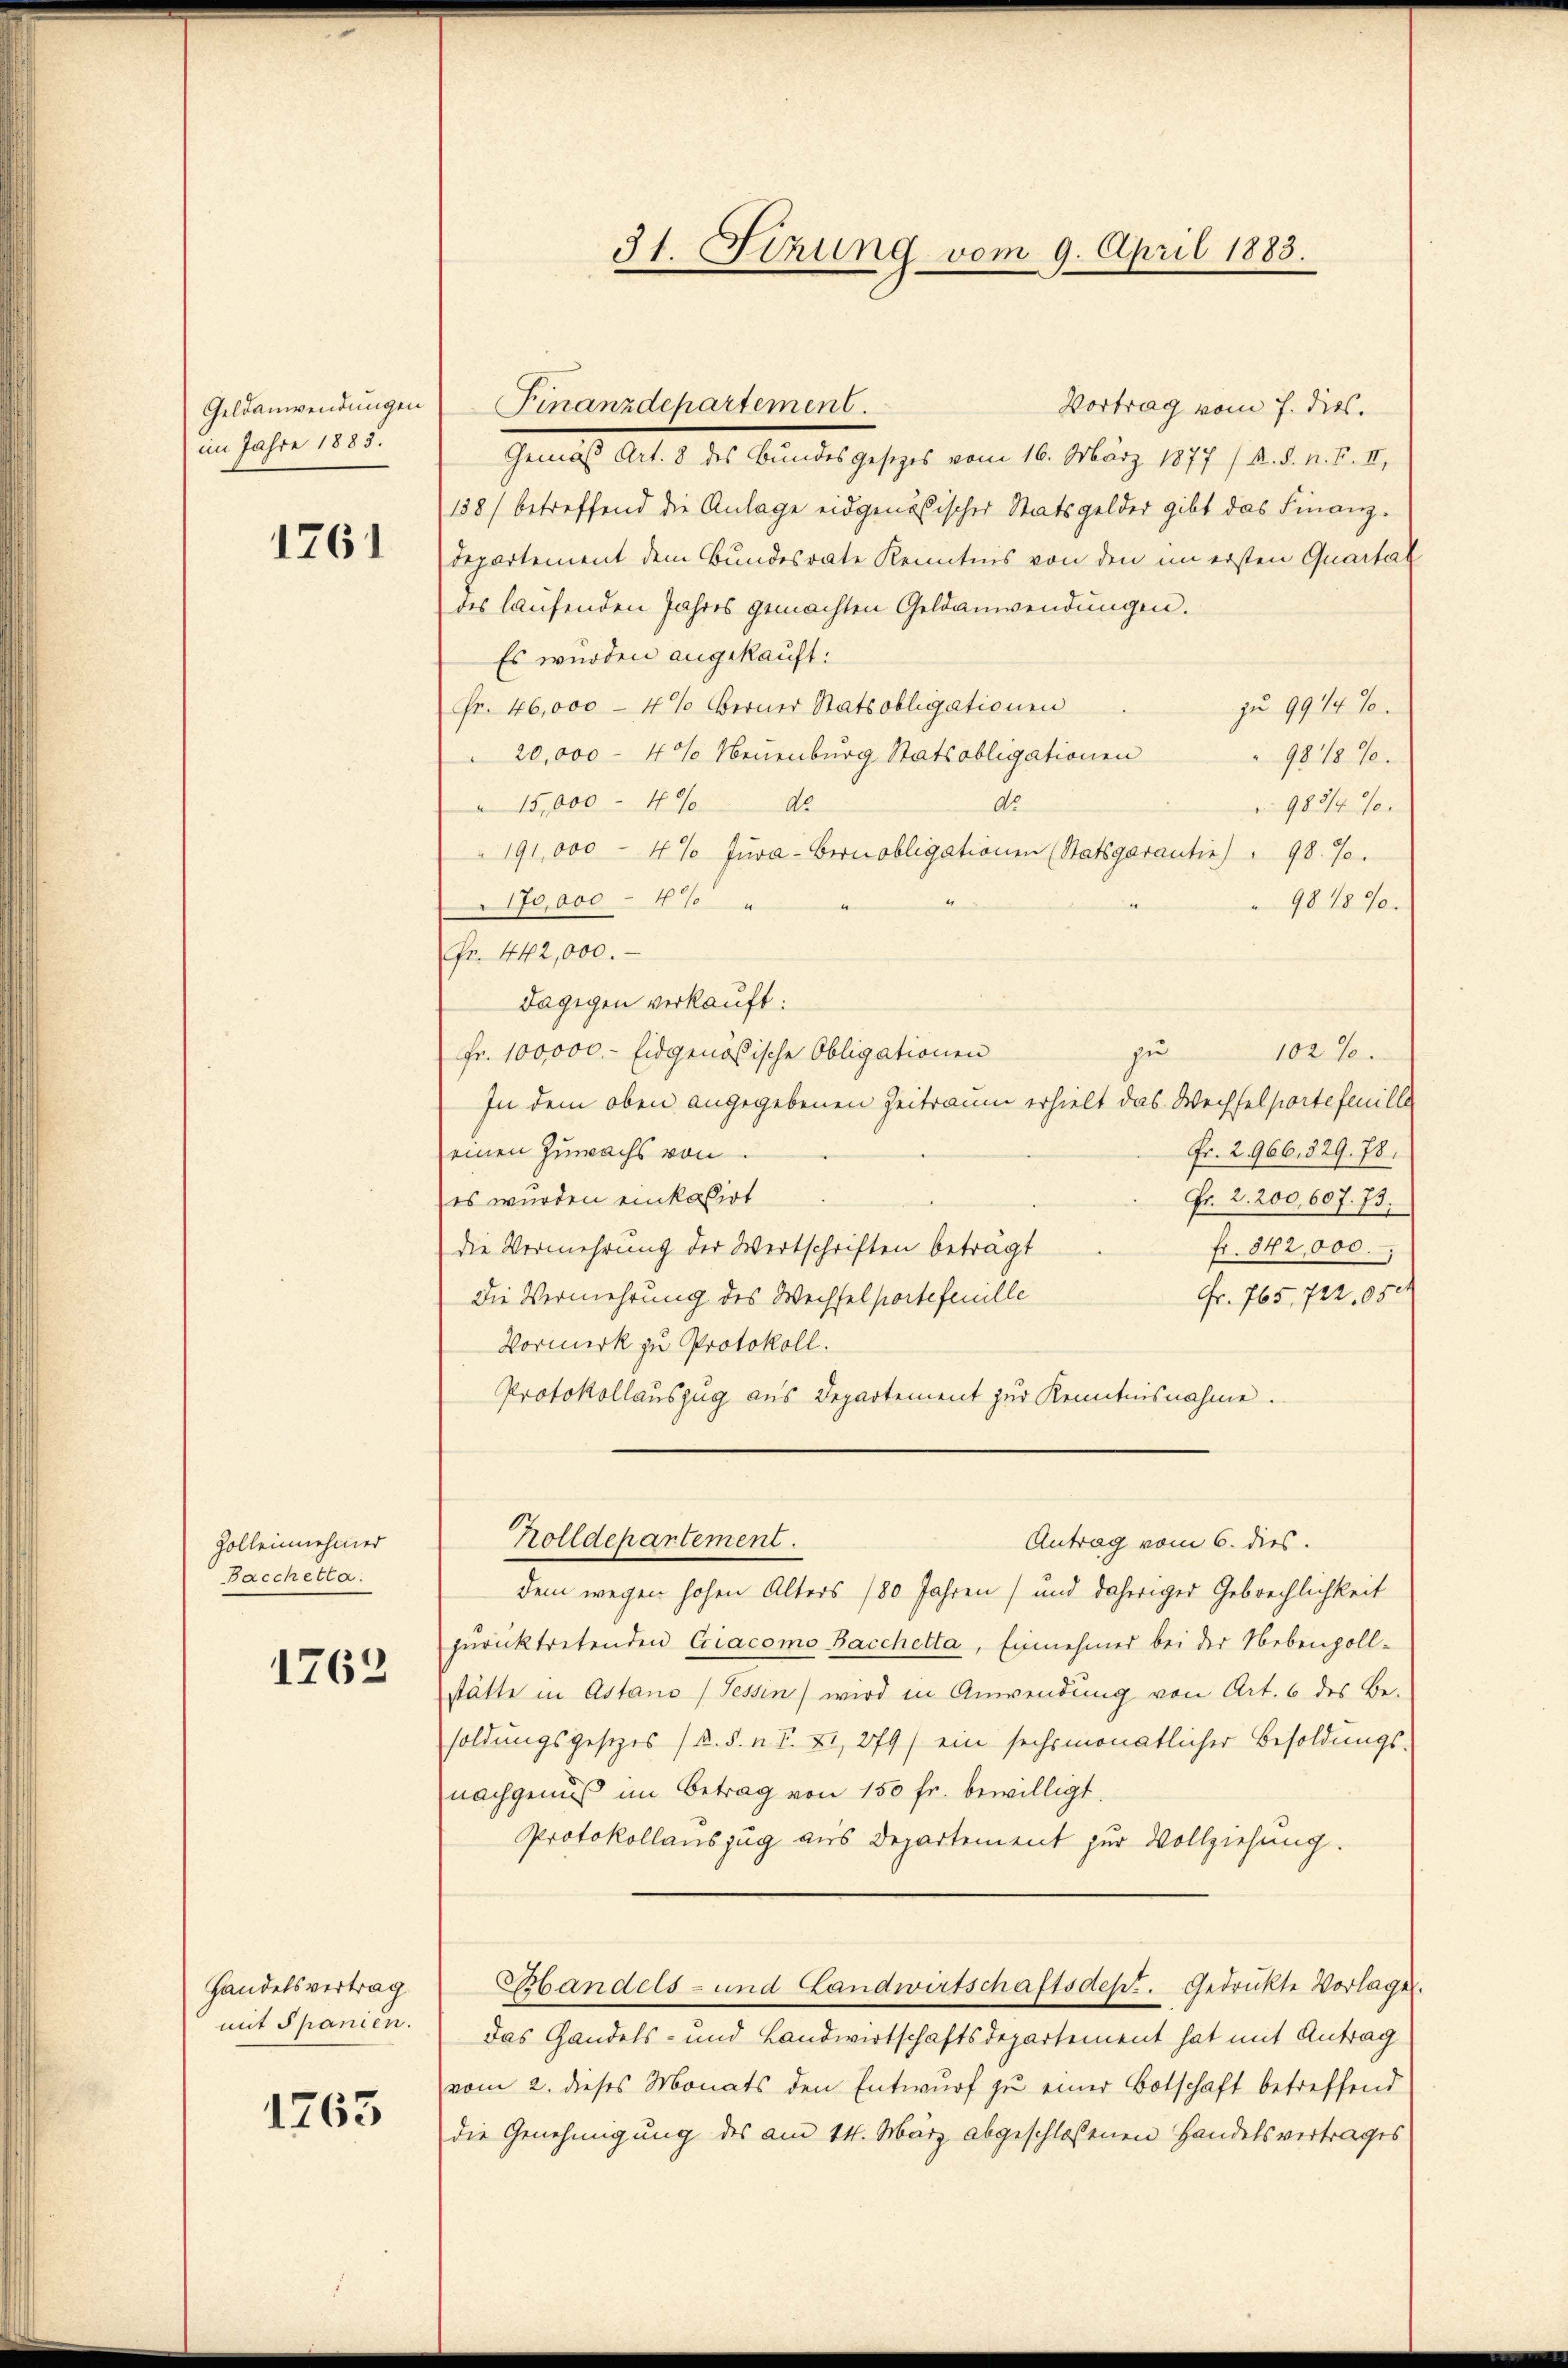
im Jahre 1885.

1261

Zolleinehmer
acchetla.
1762

Handelsvertrag

1763

Vortrag vom 7. dies.
Gemäß Art. 8 des Bundesgesezes vom 16. März 1877 / R. d. n. F. II,
158) betreffend die Anlage eidgenössischer Statsgelder gibt das Finanz¬
Departement dem Bundesrate Kenntnis von den im ersten Quartal
des laufenden Jahres gemachten Geldanwendungen.
Es wurden angekauft:
zu 99 1/4 %
Fr. 46,000 - 4% Berner Statsobligationen
20,000 - 4% Neuenburg Statsobligationen
9818%.
 15,000 - 400 Ab
do.
983/4%.
191,000 - 4% Jura-Gernobligationen (Statsgarantie) " 98. 70.
170,000 - 410
98 1890.
Fr. 442,000.
Dagegen verkauft:
zu
Fr. 100,000.- Eidgenößische Obligationen
102%.
In dem oben angegebenen Zeitraum erhielt das Wechsel portefenille
Fr. 2966, 329. 78.
einen Zuwachs von
es wurden einkasirt
Fr. 2. 200, 607. 73.
fr. 842,000.
die Vermehrung der Wertschriften beträgt
Fr. 765. 722, 850
Die Vermehrung des Wechsel portefenille
Vormerk zu Protokoll.
Protokollauszug aus Departement zur Kenntnisnahme.
Holldepartement.
Antrag vom 6. dies.
dem wegen hohen Alters 180 Jahren (und daheriger Gebrechlichkeit
zurücktretenden Criacomo Bacchetta, Einnehmer bei der Nebenzoll-
stätte in Astano (Tessin wird in Anwendung von Art. 6 des Be-
soldungsgesetzes (R. S. n. F. XI, 279) ein sechsmonatlicher Besoldungs-
nachgenuß im Betrag von 150 fr. bewilligt.
Protokollauszug aus Departement zur Vollziehung.
Bandels- und Landwirtschaftsdes. Gedrückte Vorlagen.
mit Spanien. Das Gandels- und Landwirtschaftsdepartement hat mit Antrag
vom 2. dieses Monats den Entwurf zu einer Botschaft betreffend
die Genehmigung des am 14. März abgeschlossenen Handelsvertrages

31. Sizung vom 9. April 1883.

Geldanwendungen Finanzdepartement.